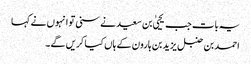
یہ بات جب یحییٰ بن سعید نے سنی تو انہوں نے کہا
احمد بن حنبل یزید بن ہارون کے ہاں کیا کریں گے۔